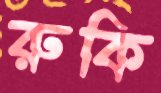
রুকি